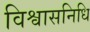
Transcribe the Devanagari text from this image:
विश्वासनिधि